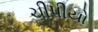
ચીપીયો